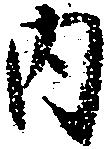
内